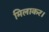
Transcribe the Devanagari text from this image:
मिलाकर।